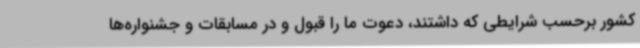
کشور برحسب شرایطی که داشتند، دعوت ما را قبول و در مسابقات و جشنواره‌ها